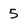
Character: 5